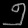
Digit: ၅